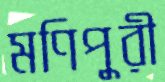
মণিপুরী